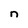
Character: n